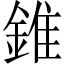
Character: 錐